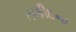
તાકીદના